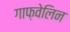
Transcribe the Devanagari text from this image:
गाफ़वेलिन